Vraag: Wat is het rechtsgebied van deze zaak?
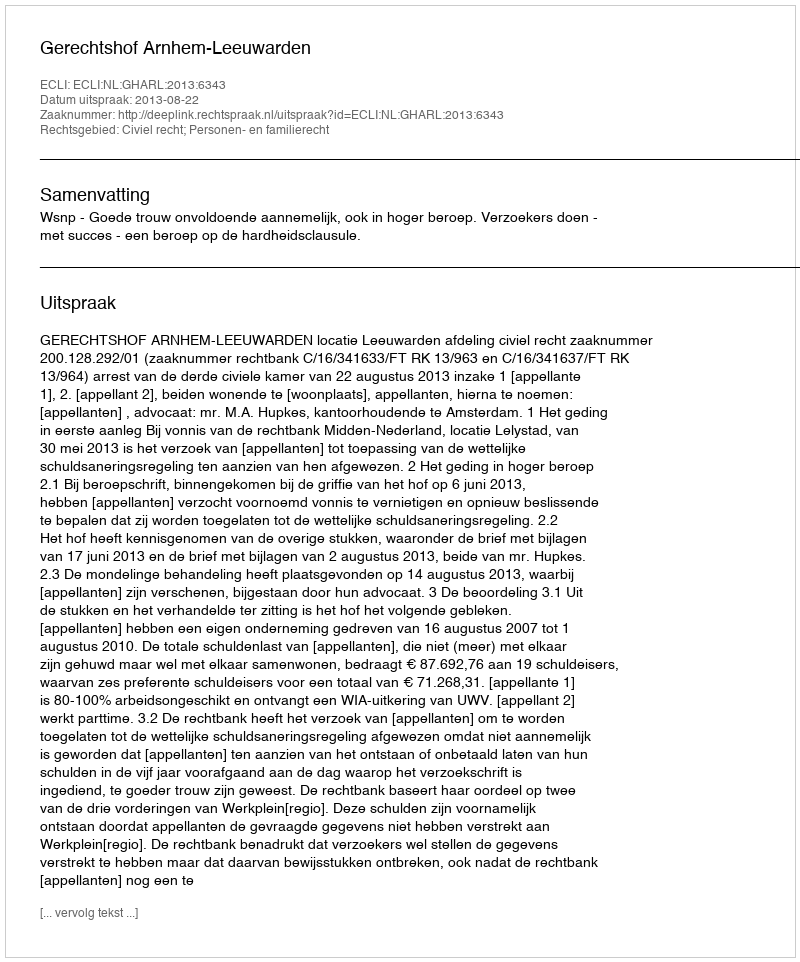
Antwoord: Civiel recht; Personen- en familierecht